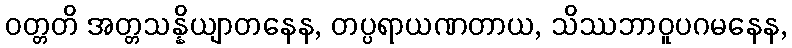
ဝတ္တတိ အတ္တသန္နိယျာတနေန, တပ္ပရာယဏတာယ, သိဿဘာဝူပဂမနေန,